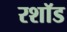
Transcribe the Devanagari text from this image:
रशॉड